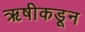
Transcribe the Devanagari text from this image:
ऋषीकडून